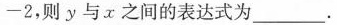
- 2$$，则y与x之间的表达式为______。